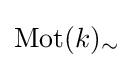
\operatorname {Mot} (k)_{\sim }